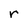
Character: r